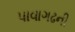
પાવાગઢની